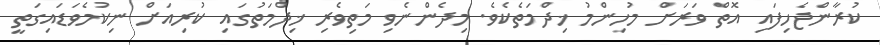
ކުރާންޖެހިފައި އޮތް ވަރަށް މުހިންމު ޚިދްމަތެކެވެ. މިދެންނެވި މަތިވެރި ޚިދްމަތުގައި ކުރިއަށް ނިކުމެވަޑައިގަތީ